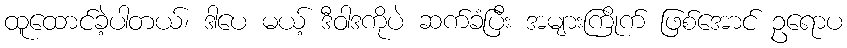
ထူထောင်ခဲ့ပါတယ်၊ ဒါပေ မယ့် ဒီဝါဒကိုပဲ ဆက်ခံပြီး အများကြိုက် ဖြစ်အောင် ဥရောပ